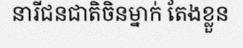
នារីជនជាតិចិនម្នាក់ តែងខ្លួន